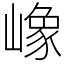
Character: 嶑